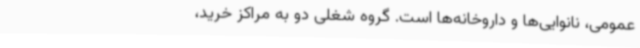
عمومی، نانوایی‌ها و داروخانه‌ها است. گروه شغلی دو به مراکز خرید،